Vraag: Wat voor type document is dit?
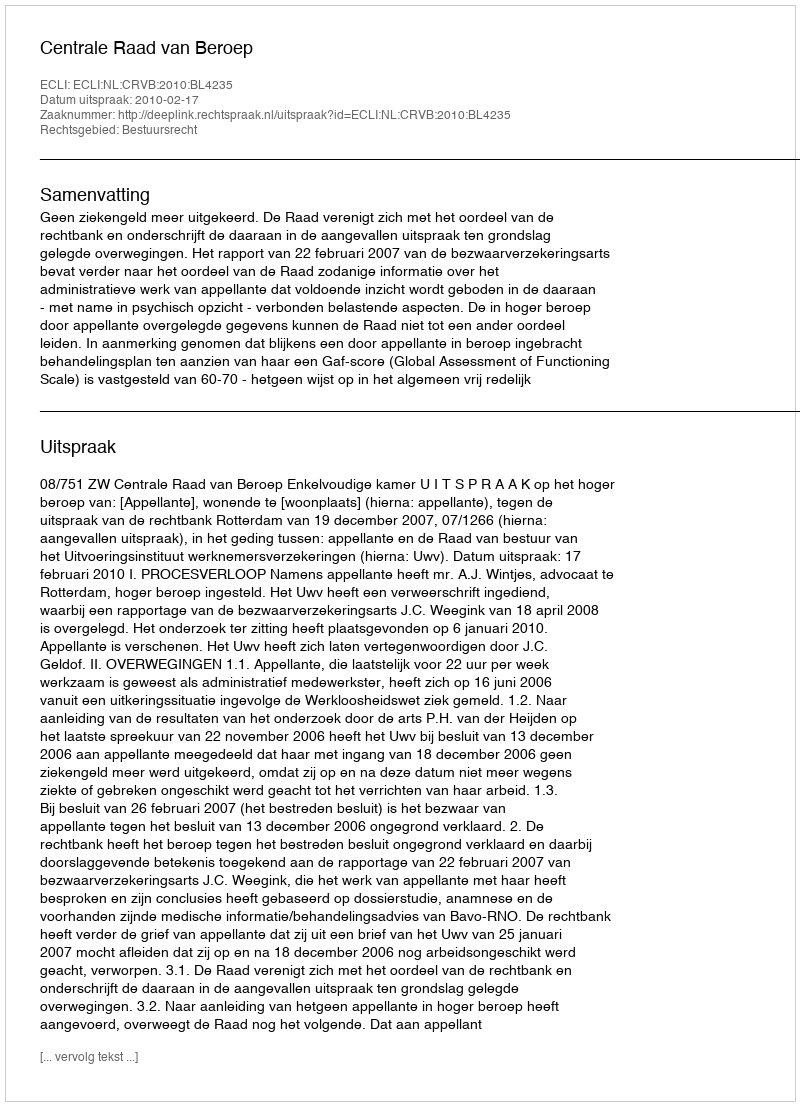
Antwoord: Uitspraak